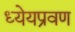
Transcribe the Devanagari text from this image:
ध्येयप्रवण